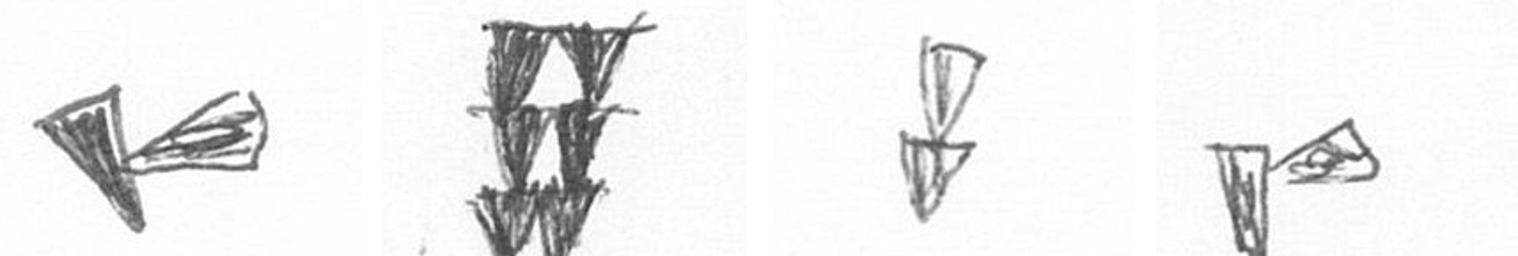
F Y Z F